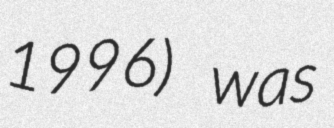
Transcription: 1996) was